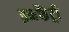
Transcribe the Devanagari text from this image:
इनफैंट्री